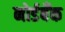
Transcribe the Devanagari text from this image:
नोर्डबँक